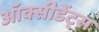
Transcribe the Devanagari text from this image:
ऑक्सीडेंट्स